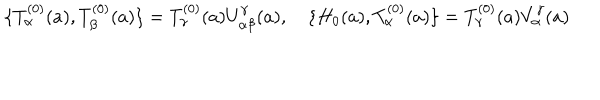
\{ T _ { \alpha } ^ { ( 0 ) } ( a ) , T _ { \beta } ^ { ( 0 ) } ( a ) \} = T _ { \gamma } ^ { ( 0 ) } ( a ) U _ { \alpha \beta } ^ { \gamma } ( a ) , \quad \{ H _ { 0 } ( a ) , T _ { \alpha } ^ { ( 0 ) } ( a ) \} = T _ { \gamma } ^ { ( 0 ) } ( a ) V _ { \alpha } ^ { \gamma } ( a )